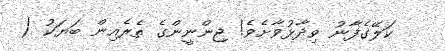
ކަލޭގެފާނު ވިދާޅުވާށެވެ! ޖިންނީންގެ ތެރެއިން ބަޔަކު (